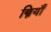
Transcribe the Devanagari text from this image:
स्त्रियाँं